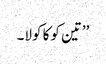
’’تین کوکا کولا۔